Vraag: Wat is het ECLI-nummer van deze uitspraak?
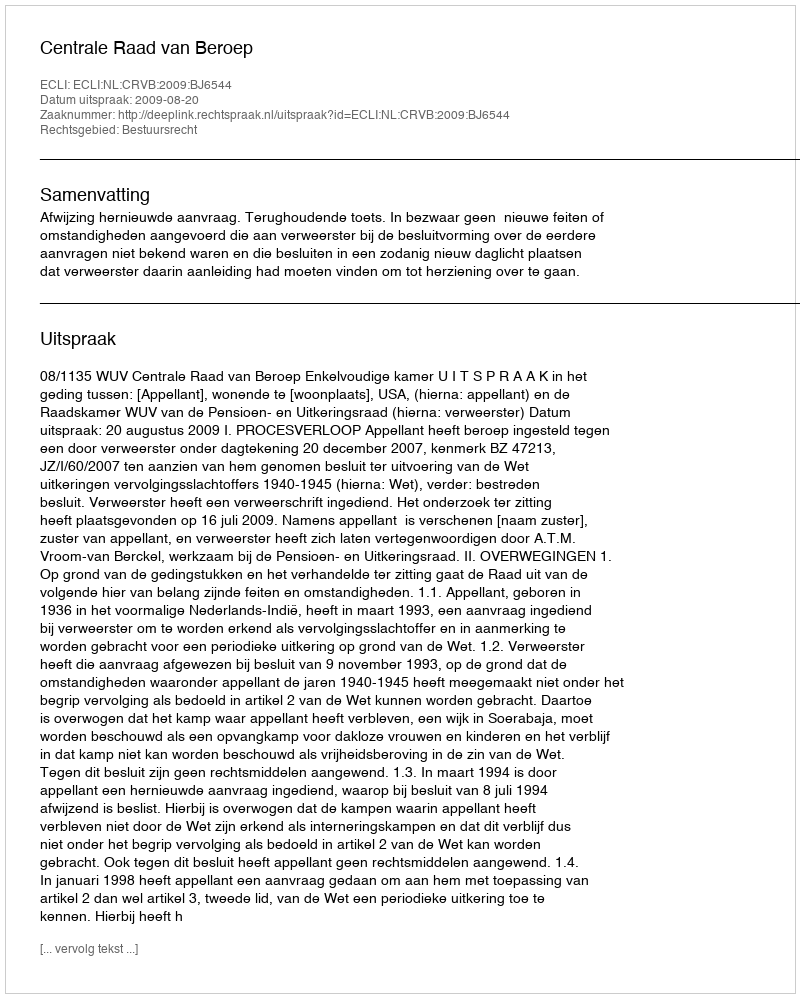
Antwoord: ECLI:NL:CRVB:2009:BJ6544